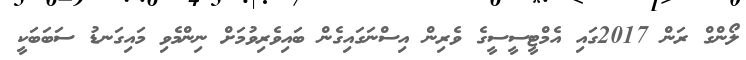
ލޯންގް ރަން 2017ގައި އެމްޓީސީސީގެ ވެރިން އިސްނަގައިގެން ބައިވެރިވުމަށް ނިންމެވި މައިގަނޑު ސަބަބަކީ